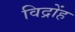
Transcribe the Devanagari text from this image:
विद्रोंह